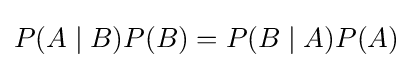
P(A\mid B)P(B)=P(B\mid A)P(A)